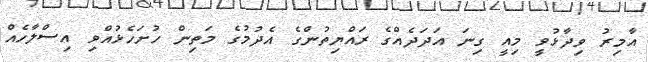
އާމިރު ވިދާޅުވީ މިއީ ގިނަ އަދަދެއްގެ ރައްޔިތުންގެ އެދުމުގެ މަތިން ހުށަހެޅުއްވި އިސްލާހެއް